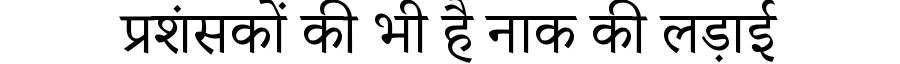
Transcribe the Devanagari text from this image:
प्रशंसकों की भी है नाक की लड़ाई